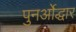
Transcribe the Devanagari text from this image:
पुनर्ओद्धार